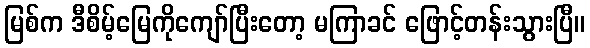
မြစ်က ဒီစိမ့်မြေကိုကျော်ပြီးတော့ မကြာခင် ဖြောင့်တန်းသွားပြီ။